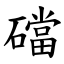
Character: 礑